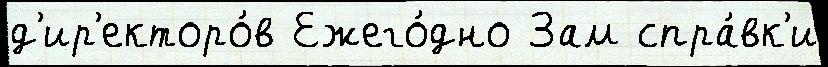
д'ир'екторо́в Ежего́дно Зам спра́вк'и